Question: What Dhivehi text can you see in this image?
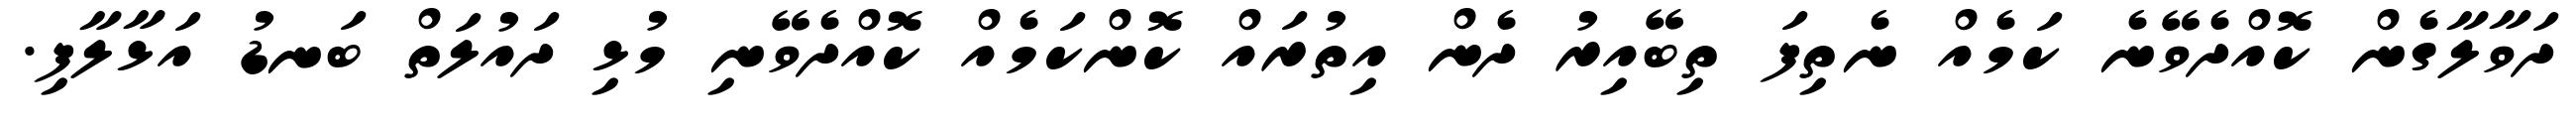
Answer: ދަވާލާގެން ކޮއްދެވޭނެ ކަމެއް ނެތިފަ ތިބޭއިރު ދެން އިތުރައް ކޮންކަމެއް ކޮއްދެވޭނި މުޅި ދައުލަތް ބަނޑު އަޅާލާފި.